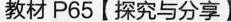
教材P65【探究与分享】